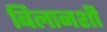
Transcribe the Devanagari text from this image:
बिलानशी